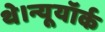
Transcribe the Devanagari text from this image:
थे।न्यूयॉर्क